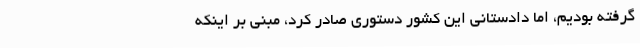
گرفته بودیم، اما دادستانی این کشور دستوری صادر کرد، مبنی بر اینکه